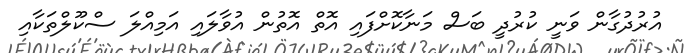
އުރުދުގާން ވަނީ ކުރުދީ ބަސް މަނާކޮށްފައި އޮތް އޮތުން އުވާލައި އަމިއްލަ ސްކޫލްތަކާއި